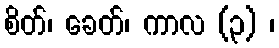
စိတ်၊ ခေတ်၊ ကာလ (၃) ၊